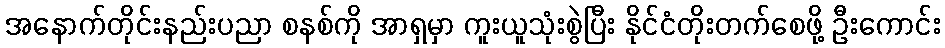
အနောက်တိုင်းနည်းပညာ စနစ်ကို အာရှမှာ ကူးယူသုံးစွဲပြီး နိုင်ငံတိုးတက်စေဖို့ ဦးကောင်း